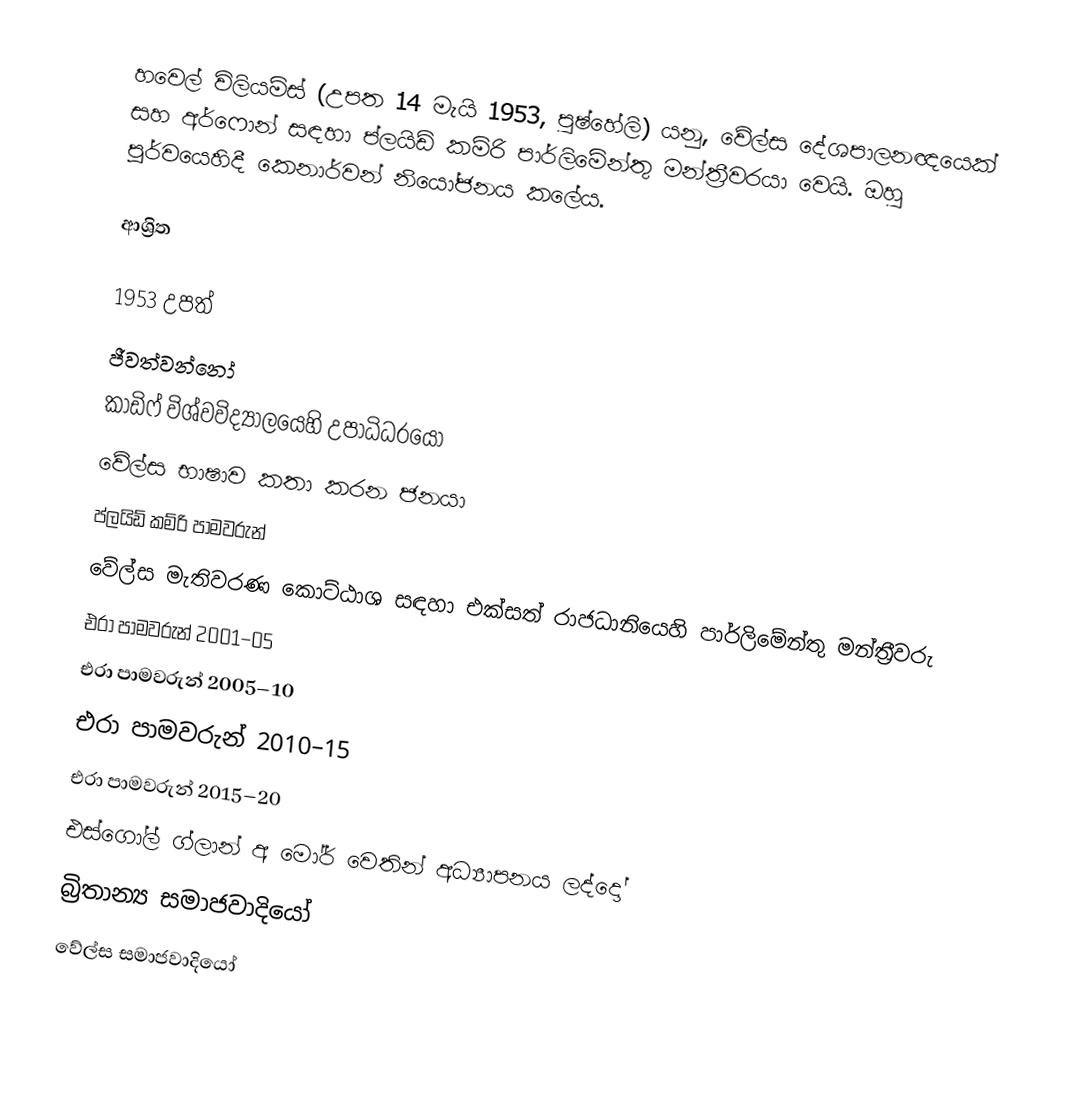
හවෙල් විලියම්ස් (උපත 14 මැයි 1953, පුෂ්හේලි) යනු,  වේල්ස දේශපාලනඥයෙක් සහ  අර්ෆොන් සඳහා ප්ලයිඩ් කම්රි පාර්ලිමේන්තු මන්ත්‍රීවරයා වෙයි.  ඔහු පූර්වයෙහිදී   කෙනාර්වන් නියෝජනය කලේය.

ආශ්‍රිත

1953 උපත්
ජීවත්වන්නෝ
 කාඩිෆ් විශ්වවිද්‍යාලයෙහි උපාධිධරයෝ
වේල්ස භාෂාව කතා කරන ජනයා
 ප්ලයිඩ් කම්රි පාමවරුන්
වේල්ස මැතිවරණ කොට්ඨාශ සඳහා එක්සත් රාජධානියෙහි පාර්ලිමේන්තු මන්ත්‍රීවරු
එරා පාමවරුන් 2001–05
එරා පාමවරුන් 2005–10
එරා පාමවරුන් 2010–15
එරා පාමවරුන් 2015–20
 එස්ගෝල් ග්ලාන් අ මෝර් වෙතින් අධ්‍යාපනය ලද්දෝ
බ්‍රිතාන්‍ය සමාජවාදියෝ
වේල්ස සමාජවාදියෝ